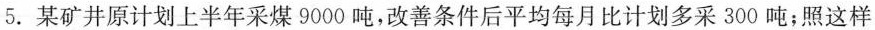
5.某矿井原计划上半年采煤9000吨，改善条件后平均每月比计划多采300吨；照这样